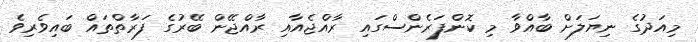
މިއަދުގެ ނިޔަލަށް ބާއްވާ މި ކޮންފަރެންސްގައި ރާއްޖެއާއި ރާއްޖޭން ބޭރުގެ ފަރާތްތައް ބައިވެރިވެ